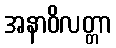
အနာဝိလတ္တာ